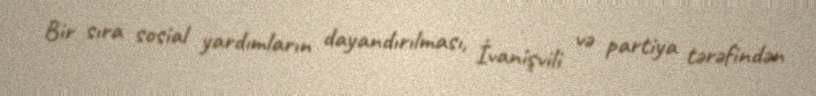
Bir sıra sosial yardımların dayandırılması, İvanişvili və partiya tərəfindən